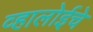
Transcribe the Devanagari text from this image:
व्हालोईचे